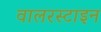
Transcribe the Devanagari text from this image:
वालरस्टाइन